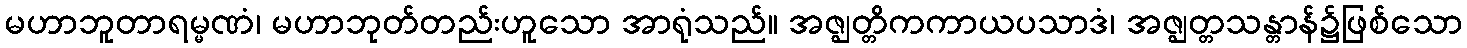
မဟာဘူတာရမ္မဏံ၊ မဟာဘုတ်တည်းဟူသော အာရုံသည်။ အဇ္ဈတ္တိကကာယပသာဒံ၊ အဇ္ဈတ္တသန္တာန်၌ဖြစ်သော